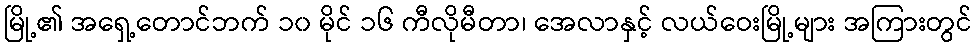
မြို့၏ အရှေ့တောင်ဘက် ၁၀ မိုင် ၁၆ ကီလိုမီတာ၊ အေလာနှင့် လယ်ဝေးမြို့များ အကြားတွင်